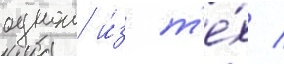
однои и́з т'е́х /